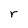
Character: r